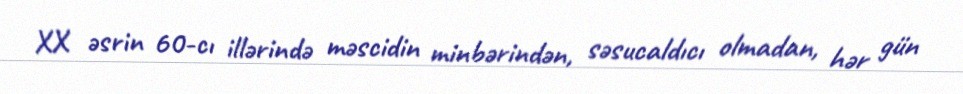
XX əsrin 60-cı illərində məscidin minbərindən, səsucaldıcı olmadan, hər gün